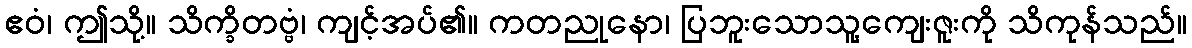
ဧဝံ၊ ဤသို့။ သိက္ခိတဗ္ဗံ၊ ကျင့်အပ်၏။ ကတညုနော၊ ပြဘူးသောသူ့ကျေးဇူးကို သိကုန်သည်။